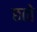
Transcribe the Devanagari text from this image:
छतो